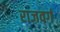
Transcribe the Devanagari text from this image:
राजवर्ग